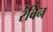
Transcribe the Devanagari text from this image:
रंबिन